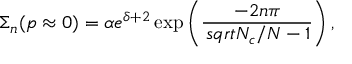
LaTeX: \Sigma _ { n } ( p \approx 0 ) = \alpha e ^ { \delta + 2 } \exp \left( { \frac { - 2 n \pi } { \, s q r t { N _ { c } / N - 1 } } } \right) ,